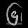
Digit: ၆